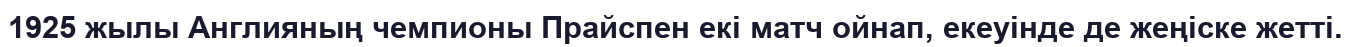
1925 жылы Англияның чемпионы Прайспен екі матч ойнап, екеуінде де жеңіске жетті.